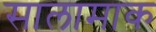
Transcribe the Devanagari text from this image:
सालामाक